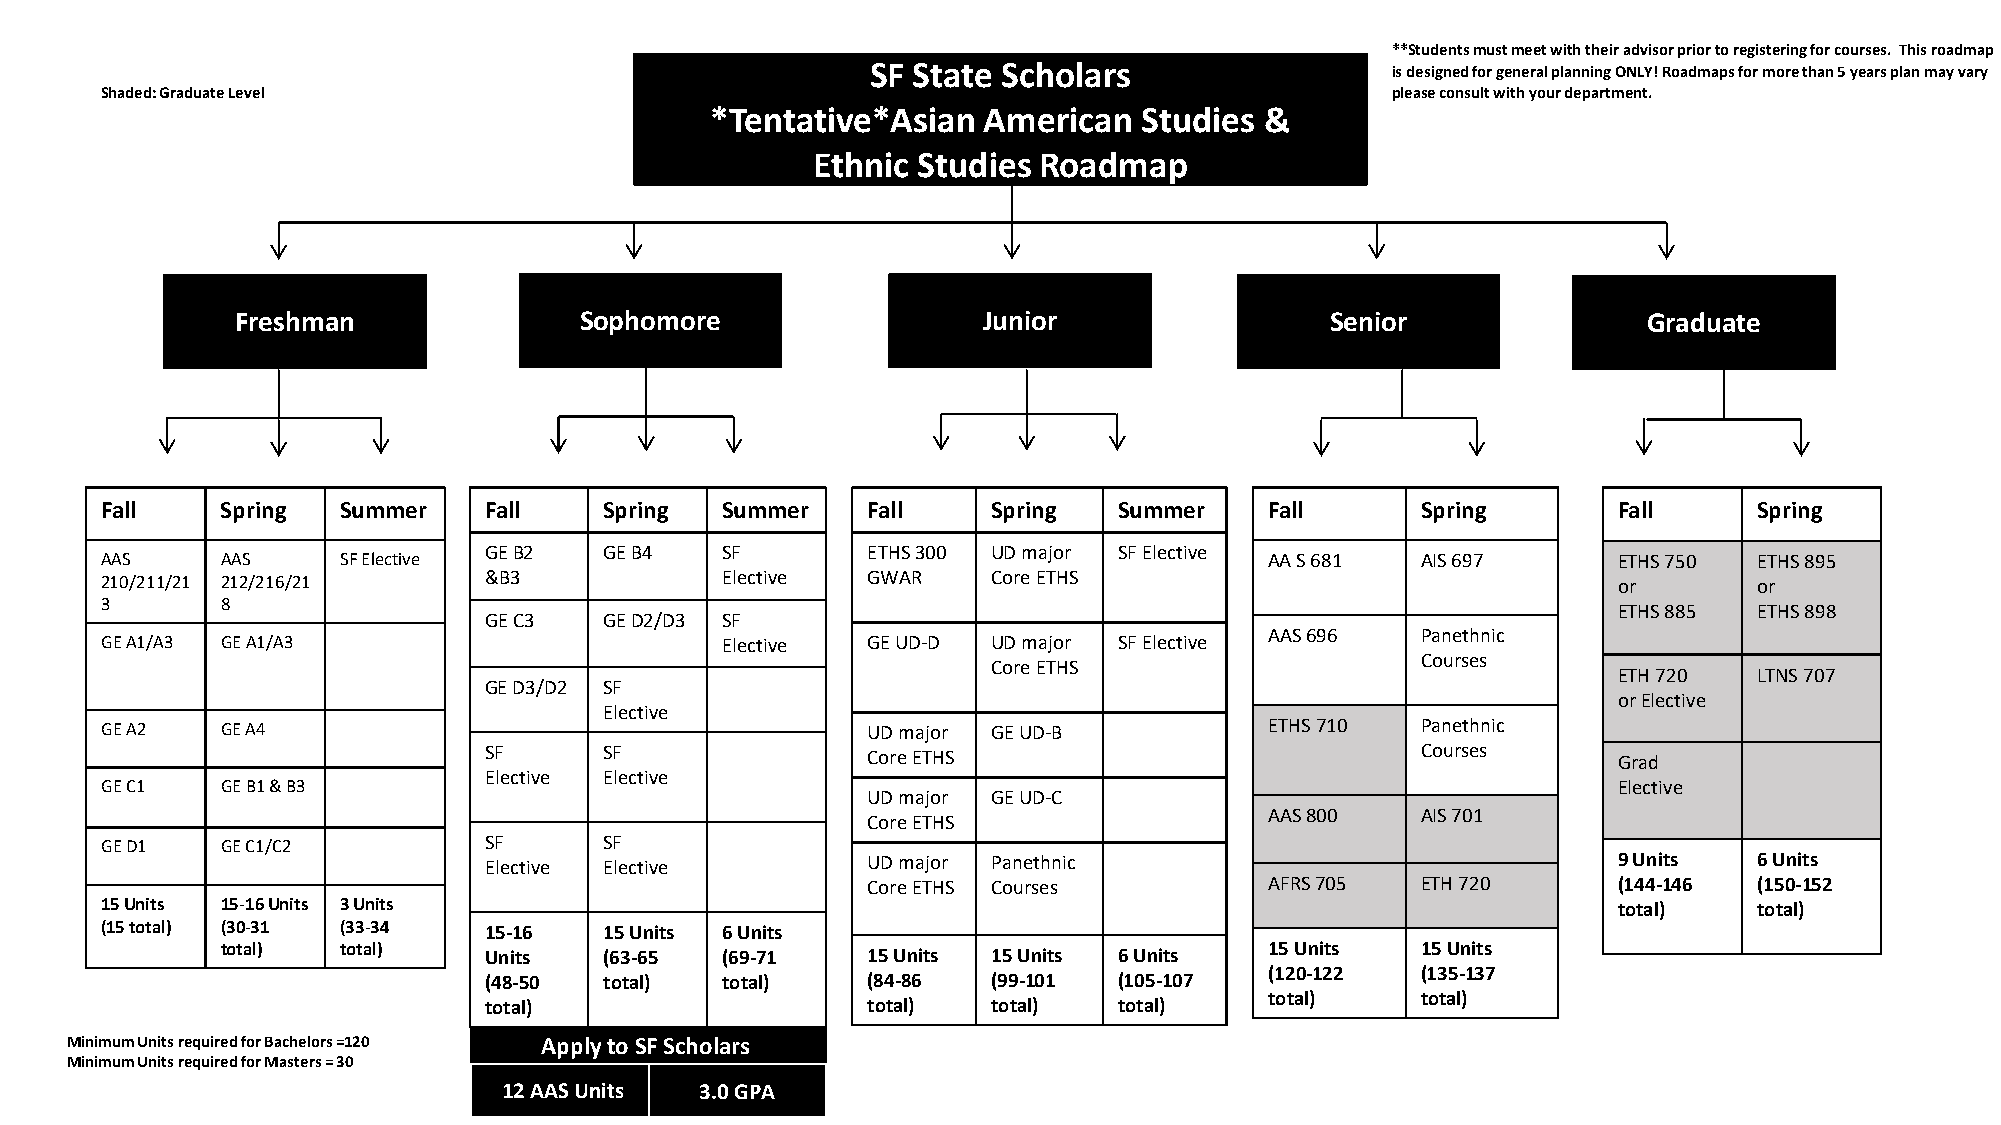
**Students must meet with their advisor prior to registering for courses. This roadmap
 SF State Scholars                 is designed for general planning ONLY!Roadmaps for more than 5 years plan may vary
 Shaded: Graduate Level                                                               please consult with your department.
 *Tentative*Asian  American   Studies &
 Ethnic Studies Roadmap
 Freshman              Sophomore                  Junior                 Senior               Graduate
 Fall    Spring  Summer   Fall    Spring  Summer   Fall     Spring  Summer    Fall      Spring       Fall     Spring
 GEB2    GEB4    SF       ETHS300  UD major SFElective
 AAS     AAS     SF Elective                                                  AA S 681  AIS 697      ETHS 750 ETHS 895
 210/211/21 212/216/21    &B3             Elective GWAR     Core ETHS                                or       or
 3       8
 ETHS 885 ETHS 898
 GEC3    GED2/D3 SF
 AAS696    Panethnic
 GEA1/A3 GEA1/A3                          Elective GE UD-D  UD major SFElective
 Courses
 Core ETHS
 ETH 720  LTNS 707
 GE D3/D2 SF
 orElective
 Elective
 GE A2   GE A4                                     UD major GE UD-B           ETHS710   Panethnic
 SF      SF               Core ETHS                            Courses      Grad
 Elective Elective
 GE C1   GE B1& B3                                                                                   Elective
 UD major GE UD-C
 AAS800    AIS 701
 Core ETHS
 GED1    GE C1/C2         SF      SF
 Elective Elective        UD major Panethnic                                9 Units  6 Units
 Core ETHS Courses          AFRS705   ETH 720      (144-146 (150-152
 15Units 15-16Units 3 Units                                                                          total)   total)
 (15 total) (30-31 (33-34 15-16   15Units 6 Units
 total)  total)   Units   (63-65  (69-71   15Units  15Units 6 Units   15 Units  15 Units
 (120-122  (135-137
 (48-50  total)  total)   (84-86   (99-101 (105-107
 total)    total)
 total)                   total)   total)  total)
 Minimum Units required for Bachelors =120 Apply to SF Scholars
 Minimum Units required for Masters = 30
 12 AAS Units 3.0 GPA